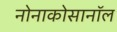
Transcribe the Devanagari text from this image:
नोनाकोसानॉल